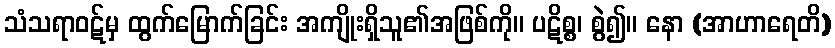
သံသရာဝဋ်မှ ထွက်မြောက်ခြင်း အကျိုးရှိသူ၏အဖြစ်ကို။ ပဋိစ္စ၊ စွဲ၍။ နော (အာဟာရေတိ)